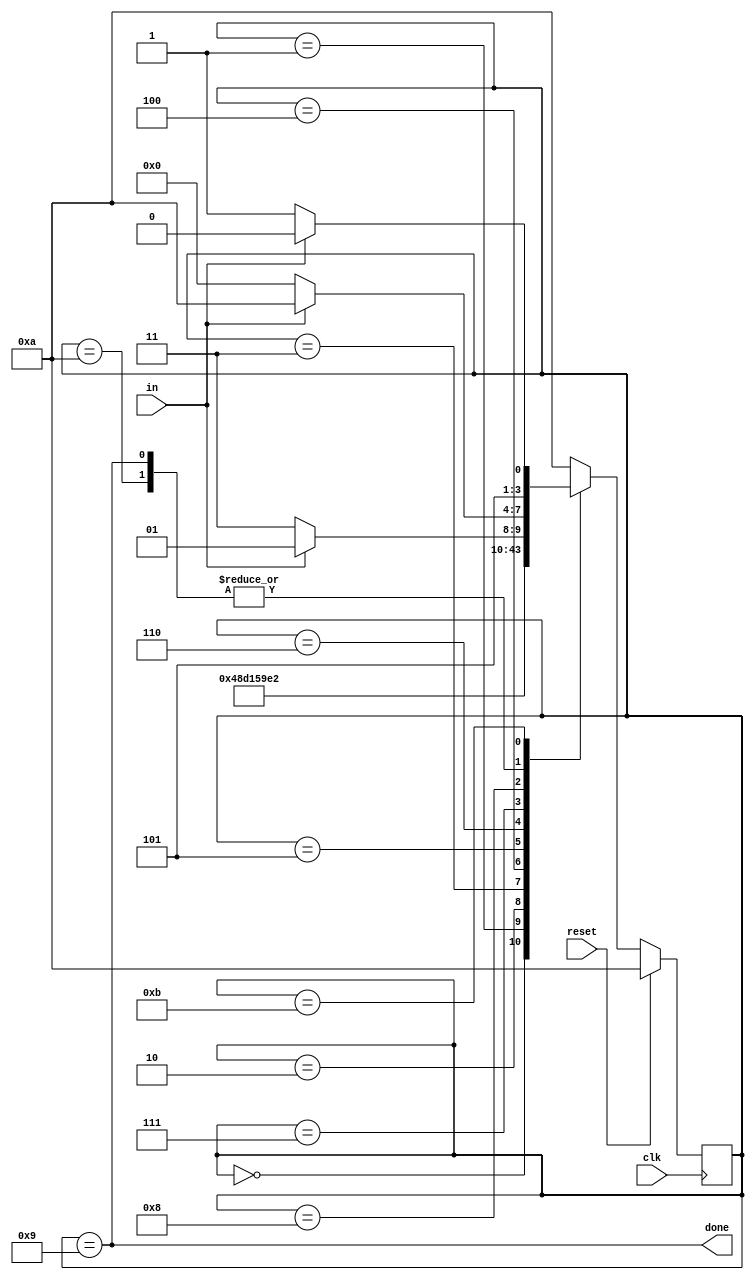
module top_module(
    input clk,
    input in,
    input reset,    // Synchronous reset
    output done
); 

	parameter A=0,B=1,C=2,D=3,E=4,F=5,G=6,H=7,I=8,J=9,K=10,L=11;
	reg[3:0] state,next_state;
	always @(*) begin
		case(state)
			A: begin
				// Case A or start
				next_state<=B;
			end
			B: begin
				// Case 1
				next_state<=C;
			end
			C: begin
				// Case 2
				next_state<=D;
			end
			D: begin
				// Case 3
				next_state<=E;
			end
			E: begin
				// Case 4
				next_state<=F;
			end
			F: begin
				// Case 5
				next_state<=G;
			end
			G: begin
				// Case 6
				next_state<=H;
			end
			H: begin
				// Case 7
				next_state<=I;
			end
			I: begin
				// Case 8
				next_state<=(in)?J:L;
			end
			J: begin
				// Case J or end
				next_state<=(~in)?A:K;
			end
			K: begin
				// Idle case
				next_state<=(~in)?A:K;
			end
			L: begin
				//error
				next_state<=(in)?K:L;
			end
			default:
				next_state<=K;
		endcase
	end

	always @(posedge clk) begin
		if(reset)
			state<=K;
		else
			state<=next_state;
	end
	assign done = (state==J);

endmodule